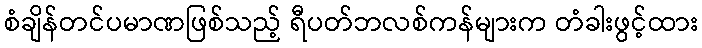
စံချိန်တင်ပမာဏဖြစ်သည့် ရီပတ်ဘလစ်ကန်များက တံခါးဖွင့်ထား